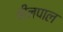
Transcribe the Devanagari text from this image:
बीनपाल